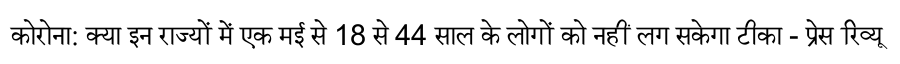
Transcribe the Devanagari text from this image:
कोरोना: क्या इन राज्यों में एक मई से 18 से 44 साल के लोगों को नहीं लग सकेगा टीका - प्रेस रिव्यू